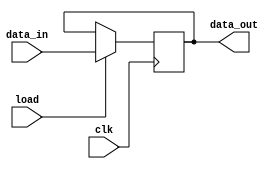
// A PIPO register for multiplicand application in
// Booth's Multiplier

module PIPO_reg(
    data_out,
    data_in,
    clk,
    load
);

parameter N = 8;

input [N-1:0] data_in;
input clk, load;

output reg [N-1:0] data_out;

always @(negedge clk)
begin
    if(load)
        data_out <= data_in;
end

endmodule